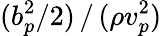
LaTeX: (b_{p}^{2}/2)\, /\, (\rho v_{p}^{2})